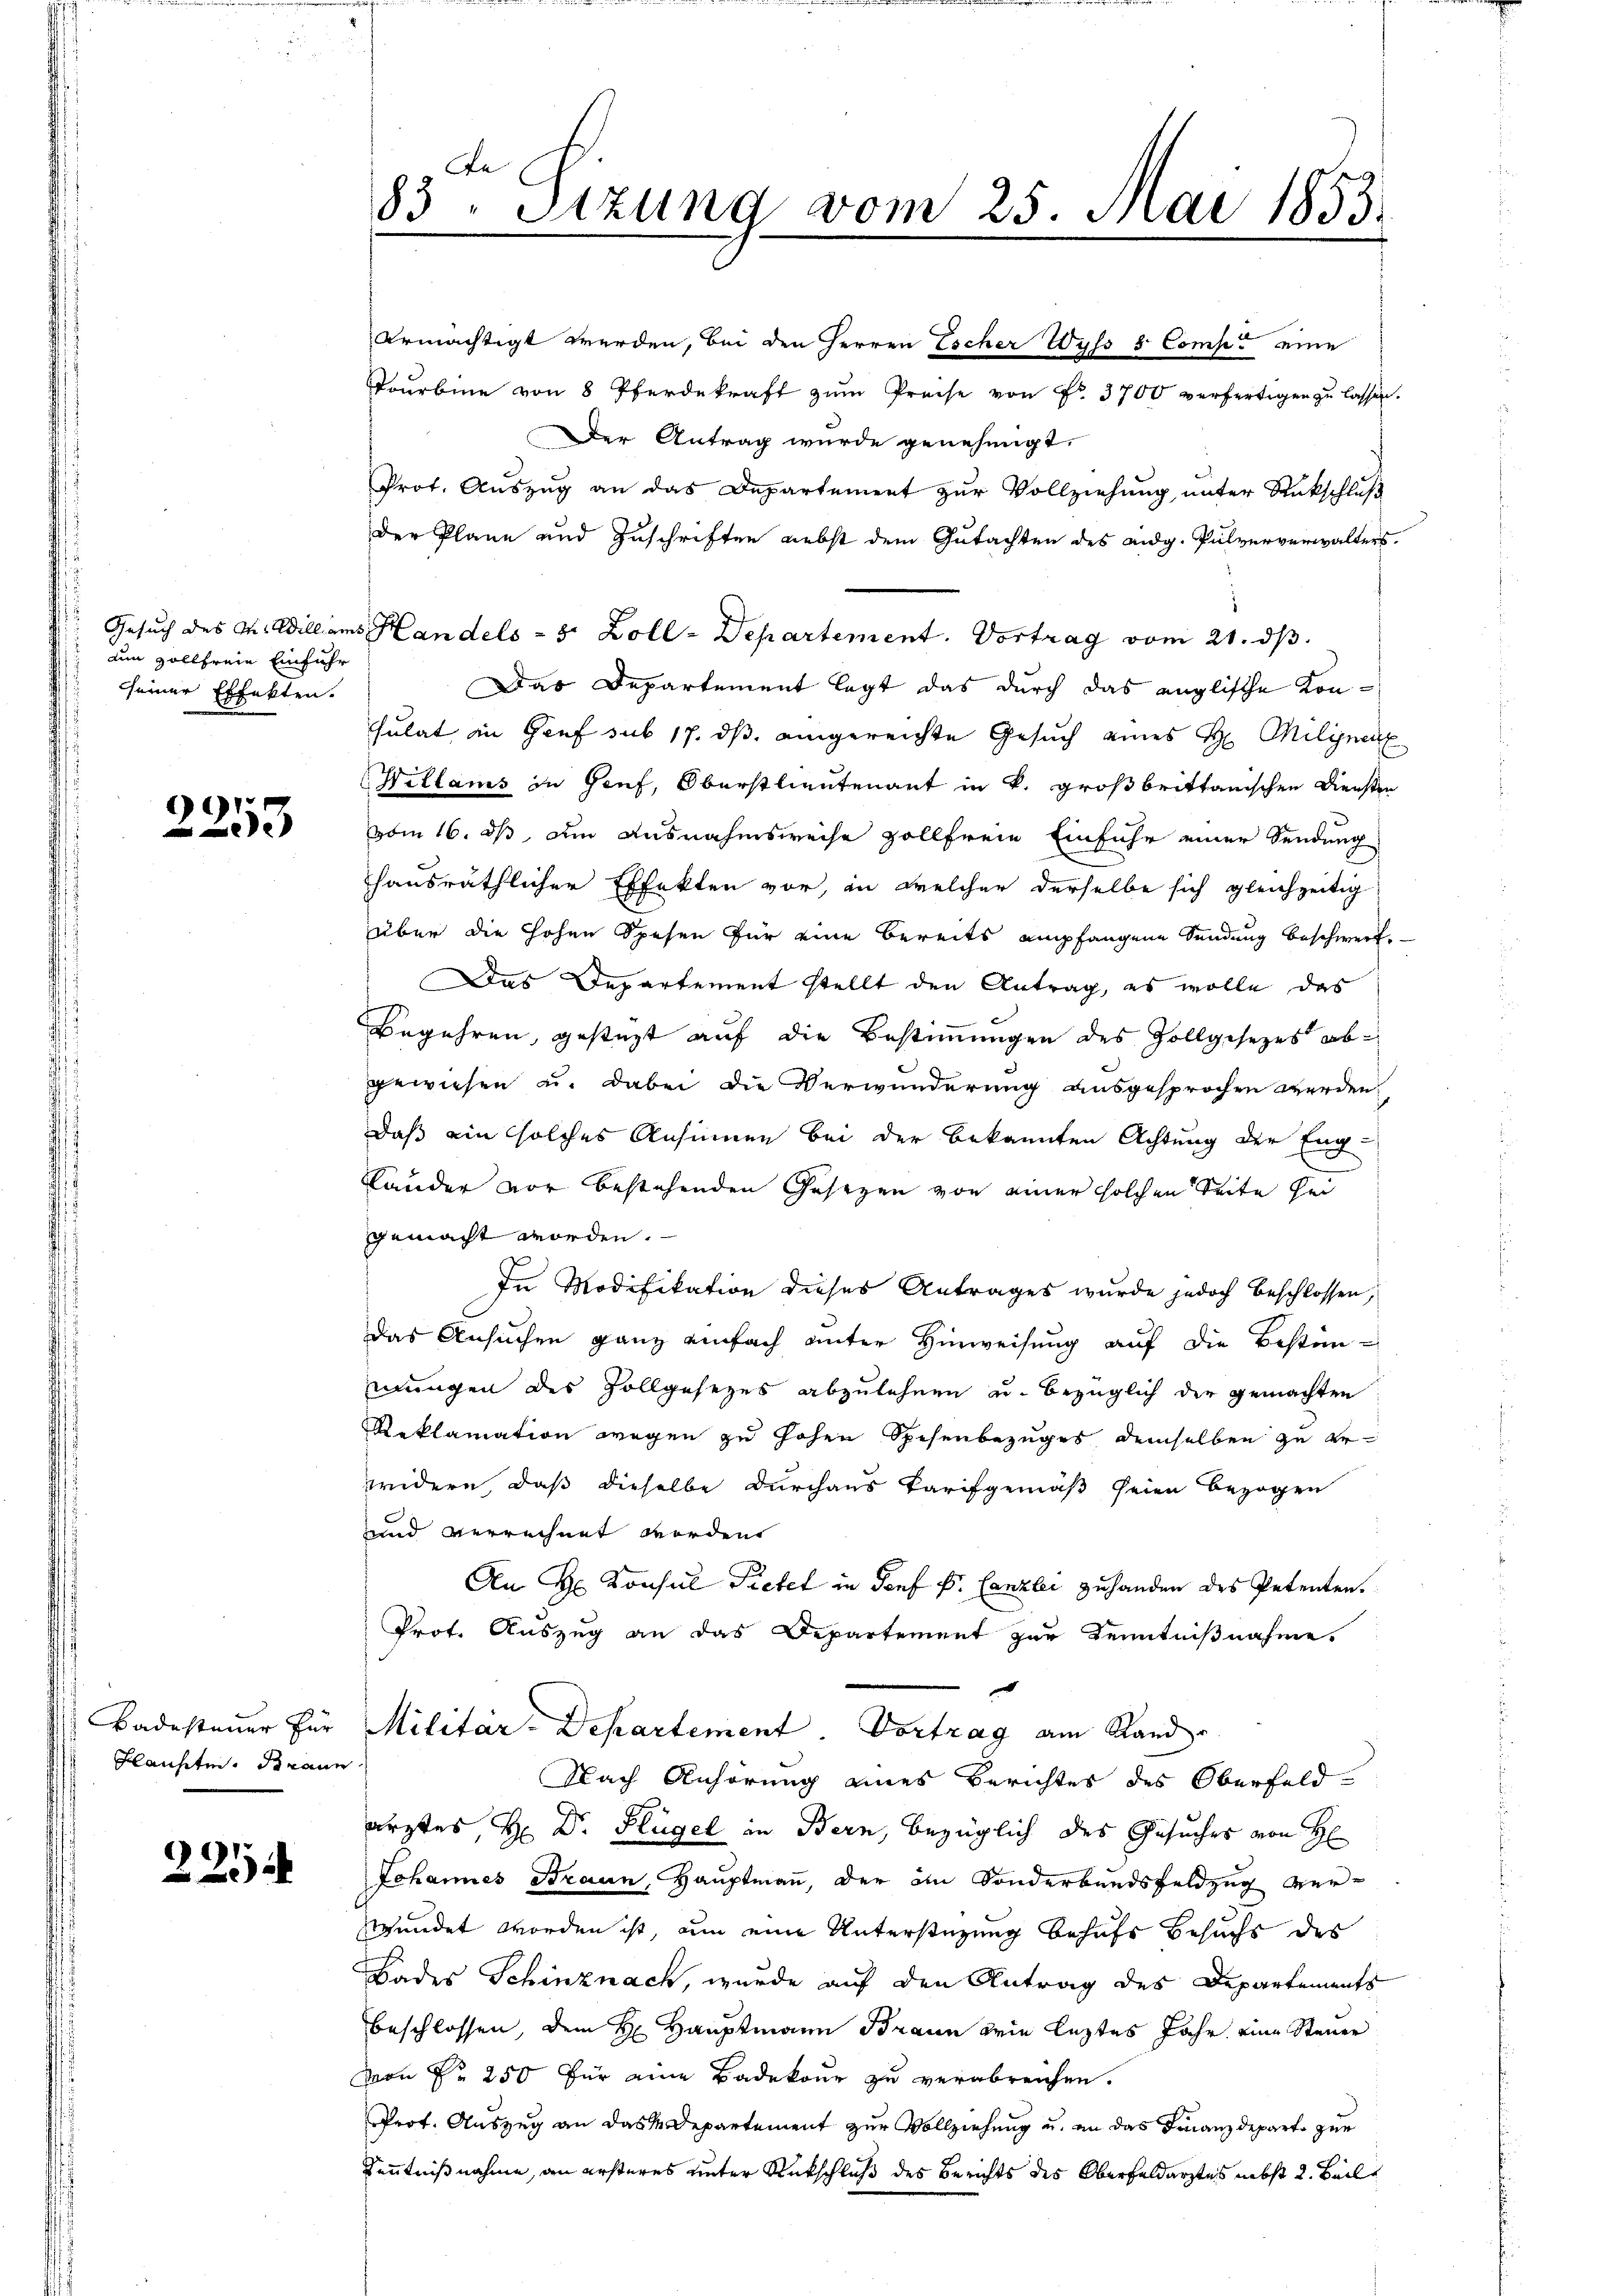
uin Zollfreie Einführ
seiner Effekten.

2253

Badesteuer für
Hansiten. Braun

221

83. Sizung vom 25. Mai 1853.
.

ermächtigt werden, bei den Herren Escher Wyss 8 Comp. eine
ourbine von 8 Pferdekraft zŭm Preise von Fr. 3700 verfertigen zŭ lassen.
Der Antrag wurde genehmigt.
Prot. Auszug an das Departement zur Vollziehung unter Stückschluß
der Plane und Zuschriften nebst dem Gutachten des eidg. Pulververwalters
Gesuch des M. Will aus Handels- 8 Zoll-Departement. Vortrag vom 21. ds.
Das Departement legt das durch das englische Konsulat in Genf sub 17. ds. angereichte Gesuch eines H. Milinenz
Willams in Genf, Oberstlieutenant in k. großbrittanischen Diensten
vom 16. ds am Ausnahmsweise zollfreie Einfuhr einer Sendung
hansräthlicher Effekten vor, in welcher derselbe sich gleichzeitig
über die hohen Spesen für eine Bereits empfangene Sendung beschwerf
Das Departement stellt den Antrag, es wolle das
Begehren, gesteht auf die Bestimmungen des Zollgesezes abgewiesen u. dabei die Verwunderung ausgesprochen werden.
daß ein solches Ansinnen bei der bekannten Achtung der Eng-
Lander vor bestehenden Gesetzen von einer solchen Seite sei
gemacht worden.
In Modifikation dieses Antrages wurde jedoch beschlossen,
das Ansuchen ganz einfach unter Hinweisung auf die Bestänmungen des Zollgesezes abzulehnen u. bezüglich der gemachten
Reklamation wegen zu hohen Spesenbezuges demselben zu erwidern, daß dieselbe durchaus Tarifgemäß seien bezogen
und verrechnet worden
An Hr. Konsul Pietet in Genf E. Canzlei zuhanden des Petenten.
Prot. Auszug an das Departement zur Kenntnißnahme.
Militär-Departement Vortrag am Stand
Nach Anhörung eines Berichtes des Oberfeld
arztes, Hr. Dr. Flügel in Bern, bezüglich des Gesuches von H
Johannes Braun, Hauptmann, der in Sonderbundsfeldzug verwundet worden ist, um eine Unterstüzung behufs Besuchs des
Bades Schinznach, wurde auf den Antrag des Departements
beschlossen, dem H. Hauptmann Braun die leztes Jahr eine Steuer
von Fr. 250 für eine Badekour zu verabreichen.
Prot. Auszug an das Departement zur Vollziehung u. an das Finanzdeparte zur
Kenntnißnahme, an ersteres unter Rutschluß des Berichts des Oberfeldarztes nebst 2. Beile